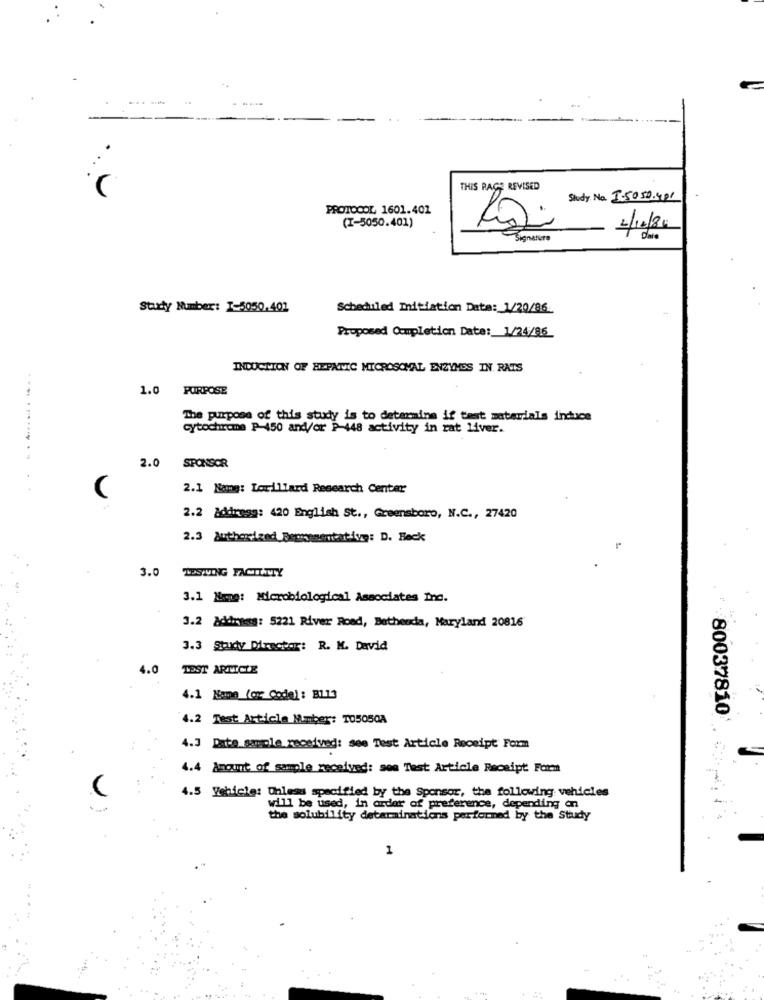
THIS RAGE REVISED
Study. No. 3-5050.401
PROTOCOL 1601.401
(I-5050.401)
2/10/80
Signature
Date
Study Number: 1-5050.401
Scheduled Initiation Data: 1/20/86
Proposed Completion Date: 1/24/86
INDUCTION OF HEPATIC MICROSCHAL ENZYMES IN RATS
1.0
PURPOSE
The purpose of this study is to determine if tast materials iinduce
cytochrome P-450 and/or P-448 activity in rat liver.
2.0
SPONSOR
2.1 Namy: Lorillard Research Center
2.2 &ddmegg: 420 English St ., Greensboro, N.C ., 27420
3.0
TOSIVING FACILITY
3.1 Mmne: Microbiological Associates Inc.
3.2 Address: 5221 River Road, Bethesda, Maryland 20816
3.3 Study Director: R. M. David
4.0
TEST ARTICLE
4.1 Mann (or Code): BLL1
4.2 Test Article Number: T05050A
80037810
4.3 Date sample received: see Test Article Receipt Form
4.4 Amount of sample received: son Test Article Receipt Form
4.5 Vehicle: Unless specified by the Sponsor, the following vehicles
will be used, in order of preference, depending on
the solubility determinations performed by the Study
1